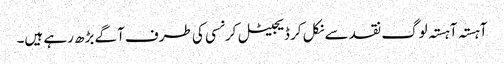
آہستہ آہستہ لوگ نقد سے نکل کر ڈیجیٹل کرنسی کی طرف آگے بڑھ رہے ہیں۔